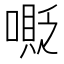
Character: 𠹰